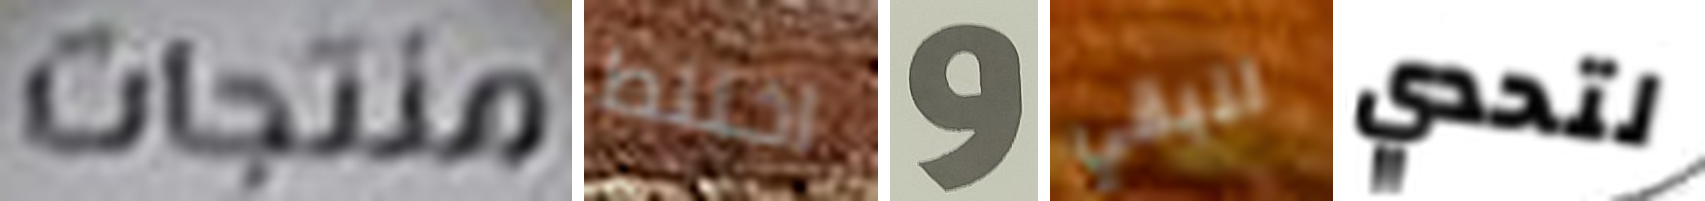
منتجات اختلط و لنبقي لتحدي